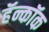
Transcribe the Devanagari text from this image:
हॅन्कॉक